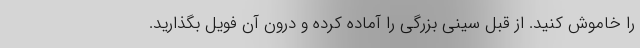
را خاموش کنید. از قبل سینی بزرگی را آماده کرده و درون آن فویل بگذارید.